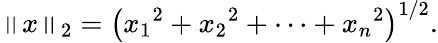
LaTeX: \left\| x\right\| _{2}=\left({x_{1}}^{2}+{x_{2}}^{2}+\dotsb+{x_{n}}^{2}\right)^{1/2}.